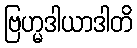
ဗြဟ္မဒါယာဒါတိ